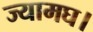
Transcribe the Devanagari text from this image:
ज्यामघ।